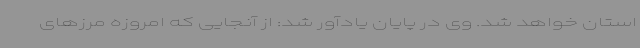
استان خواهد شد. وی در پایان یادآور شد: از آنجایی که امروزه مرزهای